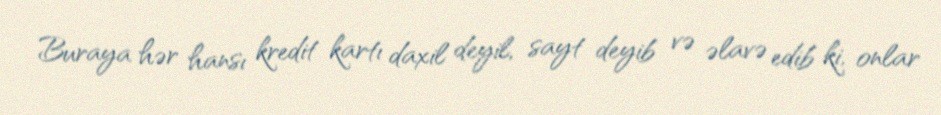
Buraya hər hansı kredit kartı daxil deyil, sayt deyib və əlavə edib ki, onlar